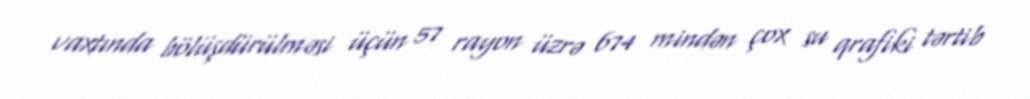
vaxtında bölüşdürülməsi üçün 57 rayon üzrə 674 mindən çox su qrafiki tərtib